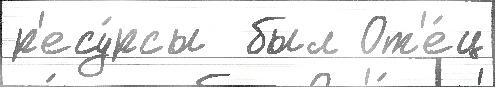
р'есу́рсы  был От'е́ц